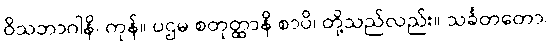
ဝိသဘာဂါနိ၊ ကုန်။ ပဌမ စတုတ္ထာနိ စာပိ၊ တို့သည်လည်း။ သင်္ခတတော၊